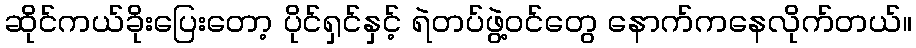
ဆိုင်ကယ်ခိုးပြေးတော့ ပိုင်ရှင်နှင့် ရဲတပ်ဖွဲ့ဝင်တွေ နောက်ကနေလိုက်တယ်။